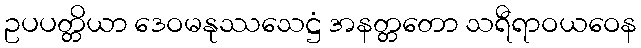
ဥပပတ္တိယာ ဒေဝမနုဿသေဋ္ဌံ အနတ္တတော သရီရာဝယဝေန